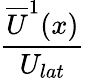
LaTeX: \frac{\overline{{U}}^{1}(x)}{U_{lat}}